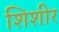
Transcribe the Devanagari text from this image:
शिशीर